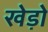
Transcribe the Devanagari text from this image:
खेड़ो